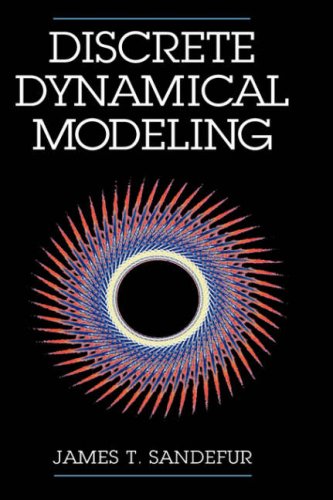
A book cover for Discrete Dynamical Modeling; James T. Sandefur; Science & Math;